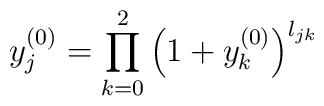
y_{j}^{(0)} = \prod_{k=0}^{2} \left( 1+ y_{k}^{(0)}\right)^{l_{jk}}